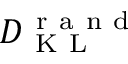
D _ { \mathrm { ~ K ~ L ~ } } ^ { \mathrm { ~ r ~ a ~ n ~ d ~ } }